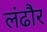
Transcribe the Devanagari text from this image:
लंढौर